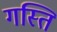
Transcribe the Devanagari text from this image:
गस्ति